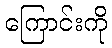
ကြောင်းကို